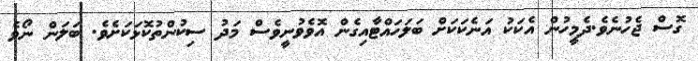
ގޮސް ޖެހުނެވެ.ދެމީހުން އެކަކު އަނެކަކަށް ބަލަހައްޓާއިގެން އޮވެވުނީވެސް މަދު ސިކުންތުކޮޅަކަށެވެ. ބަލަން ނޯވެ